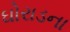
ઘોરાડના